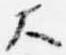
大